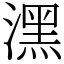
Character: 潶